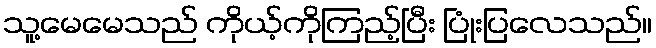
သူ့မေမေသည် ကိုယ့်ကိုကြည့်ပြီး ပြုံးပြလေသည်။